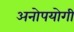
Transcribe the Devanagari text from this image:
अनोपयोगी